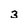
Character: 3